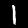
Digit: 1